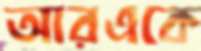
আরএকে